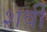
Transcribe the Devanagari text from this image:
शर्वी